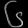
Digit: ၆